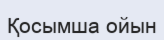
Қосымша ойын